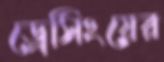
ড্রেসিংয়ের